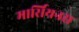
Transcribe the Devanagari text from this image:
मार्सियनस